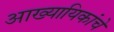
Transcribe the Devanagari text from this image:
आख्यायिकांचे